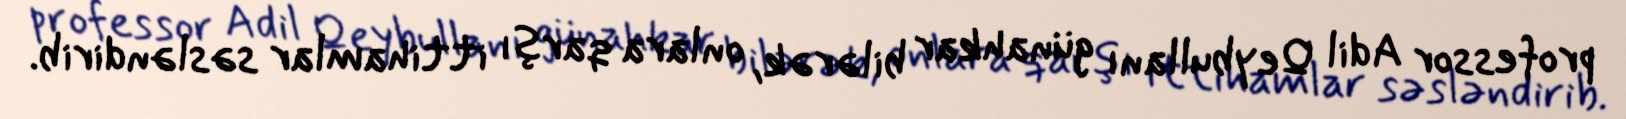
professor Adil Qeybullanı günahkar bilərək, onlara qarşı ittihamlar səsləndirib.